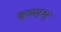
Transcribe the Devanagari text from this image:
बल्गम